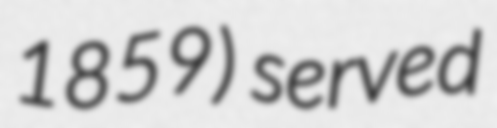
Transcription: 1859) served